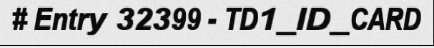
# Entry 32399 - TD1_ID_CARD